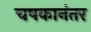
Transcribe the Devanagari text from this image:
चषकानंतर